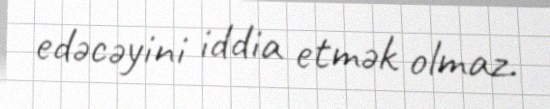
edəcəyini iddia etmək olmaz.